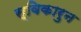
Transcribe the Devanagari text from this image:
स्विकारुन